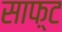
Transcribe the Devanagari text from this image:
साफ़्ट